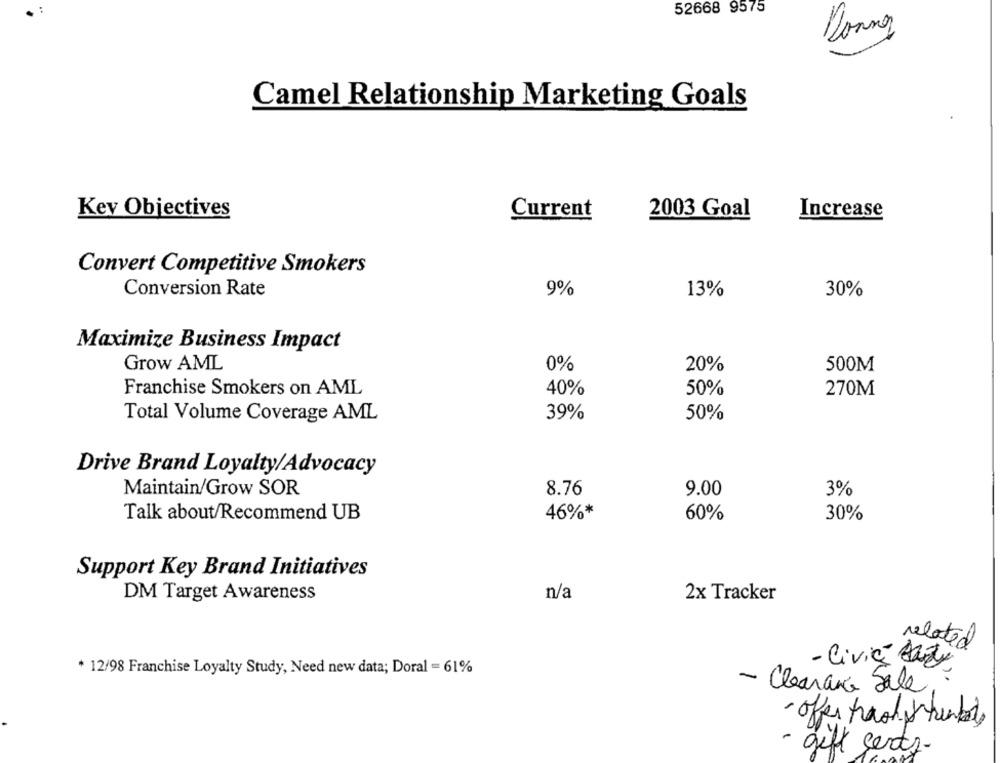
52668 9575
Donnez
Camel Relationship Marketing Goals
Kev Objectives
Current
2003 Goal
Increase
Convert Competitive Smokers
Conversion Rate
9%
13%
30%
Maximize Business Impact
Grow AML
0%
20%
500M
Franchise Smokers on AML
40%
50%
270M
Total Volume Coverage AML
39%
50%
Drive Brand Loyalty/Advocacy
Maintain/Grow SOR
8.76
9.00
3%
Talk about/Recommend UB
46%*
60%
30%
Support Key Brand Initiatives
n/a
DM Target Awareness
2x Tracker
related
- Civic Luz
* 12/98 Franchise Loyalty Study, Need new data; Doral = 61%
- Clearance Sale
· offer trash theaby,
- gift certs-